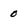
Character: 0